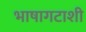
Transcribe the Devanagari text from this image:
भाषागटाशी